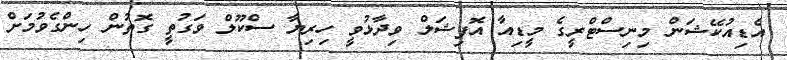
އެޑިއުކޭޝަން މިނިސްޓްރީގެ މީޑިއާ އޮފިޝަލް ވިދާޅުވީ ހިރިޔާ ސްކޫލް ވަގުތީ ގޮތުން ހިންގެވުމަށް